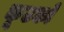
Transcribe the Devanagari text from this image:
कूटकों